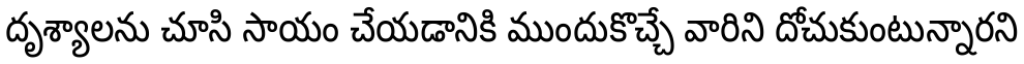
దృశ్యాలను చూసి సాయం చేయడానికి ముందుకొచ్చే వారిని దోచుకుంటున్నారని